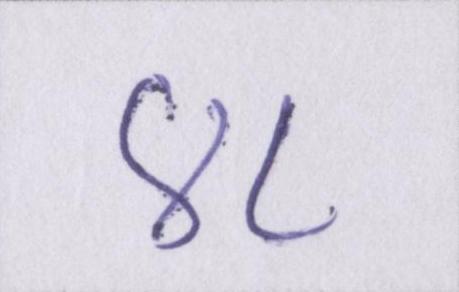
४८